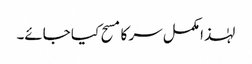
لہٰذا مکمل سر کا مسح کیا جائے۔